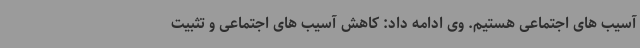
آسیب های اجتماعی هستیم. وی ادامه داد: کاهش آسیب های اجتماعی و تثبیت